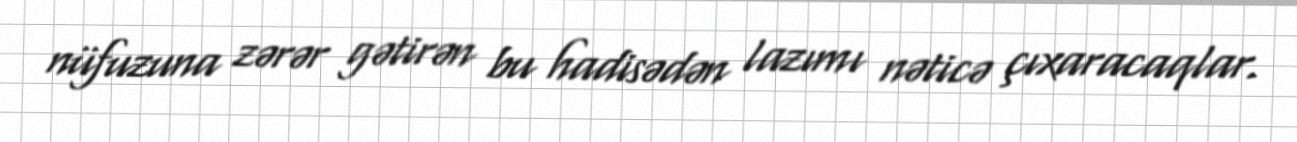
nüfuzuna zərər gətirən bu hadisədən lazımı nəticə çıxaracaqlar.